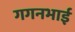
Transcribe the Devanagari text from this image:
गगनभाई